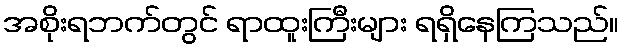
အစိုးရဘက်တွင် ရာထူးကြီးများ ရရှိနေကြသည်။